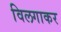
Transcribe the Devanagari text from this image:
विलगाकर